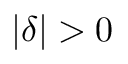
\vert \delta \vert > 0